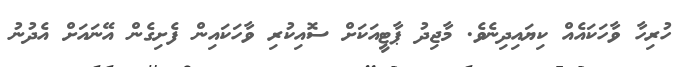
ހުރިހާ ވާހަކައެއް ކިޔައިދިނެވެ. މާޖިދު ޕާޓީއަކަށް ސޮއިކުރި ވާހަކައިން ފެށިގެން އޭނައަށް އެދުނު